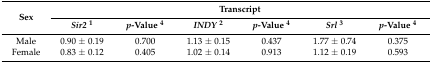
| <ROWSPAN=2> Sex | <COLSPAN=6> Transcript |
 | Sir21 | p-Value 4 | INDY2 | p-Value 4 | Srl3 | p-Value 4 |
 | --- | --- | --- | --- | --- | --- | --- |
 | Male | 0.90 ± 0.19 | 0.700 | 1.13 ± 0.15 | 0.437 | 1.77 ± 0.74 | 0.375 |
 | Female | 0.83 ± 0.12 | 0.405 | 1.02 ± 0.14 | 0.913 | 1.12 ± 0.19 | 0.593 |